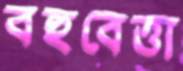
বহুবেত্তা